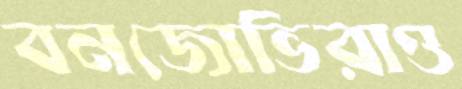
বনজোভিরাও